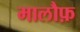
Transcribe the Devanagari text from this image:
मालौफ़